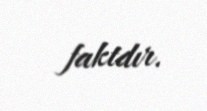
faktdır.